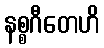
နစ္စဂီတေဟိ